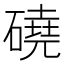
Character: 磽